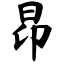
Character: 昂